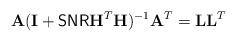
LaTeX: \begin{align*}\mathbf{A}(\mathbf{I} + {\sf SNR} \mathbf{H}^T \mathbf{H})^{-1} \mathbf{A}^T = \mathbf{L} \mathbf{L}^T\end{align*}